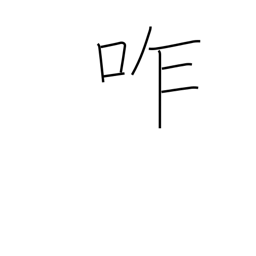
Meaning: chew